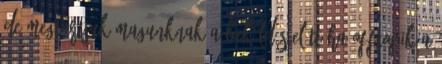
de megtartjuk magunknak A beküldés előtt ha OFFtopik a